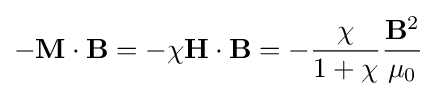
-\mathbf {M} \cdot \mathbf {B} =-\chi \mathbf {H} \cdot \mathbf {B} =-{\frac {\chi }{1+\chi }}{\frac {\mathbf {B} ^{2}}{\mu _{0}}}